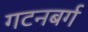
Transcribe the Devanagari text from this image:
गटनबर्ग